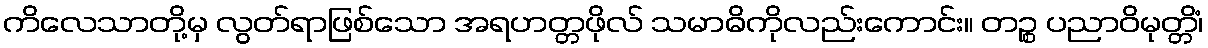
ကိလေသာတို့မှ လွတ်ရာဖြစ်သော အရဟတ္တဖိုလ် သမာဓိကိုလည်းကောင်း။ တဉ္စ ပညာဝိမုတ္တိံ၊